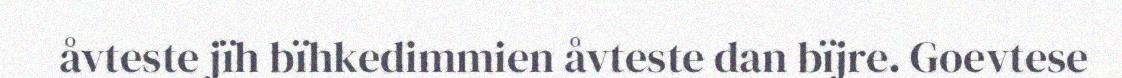
åvteste jïh bïhkedimmien åvteste dan bïjre. Goevtese